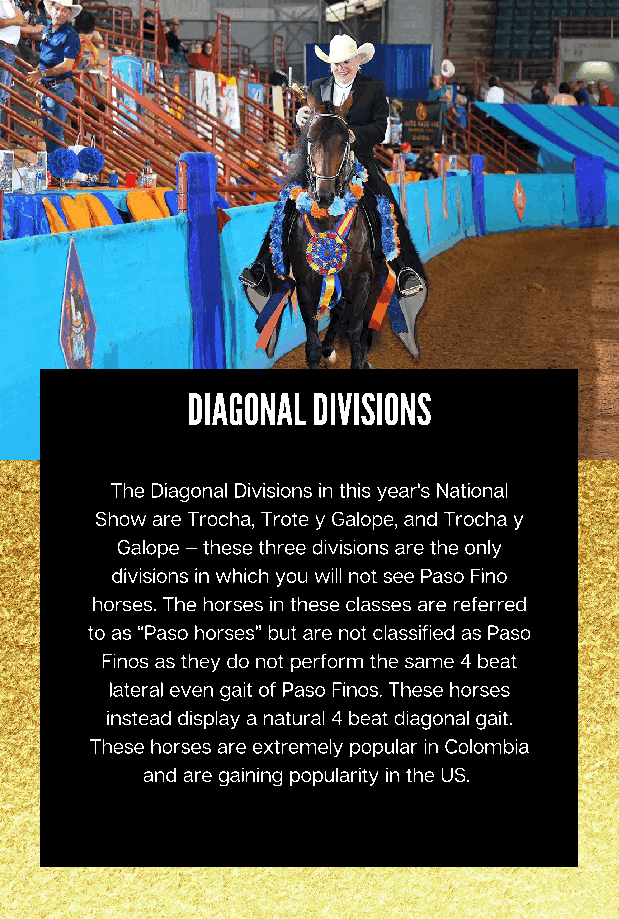
DIAGONAL DIVISIONS
 The Diagonal Divisions in this year's National
 Show are Trocha, Trote y Galope, and Trocha y
 Galope – these three divisions are the only
 divisions in which you will not see Paso Fino
 horses. The horses in these classes are referred
 to as “Paso horses” but are not classified as Paso
 Finos as they do not perform the same 4 beat
 lateral even gait of Paso Finos. These horses
 instead display a natural 4 beat diagonal gait.
 These horses are extremely popular in Colombia
 and are gaining popularity in the US.